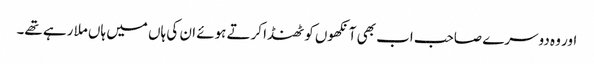
اور وہ دوسرے صاحب اب بھی آنکھوں کو ٹھنڈا کرتے ہوئے ان کی ہاں میں ہاں ملا رہے تھے۔